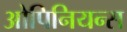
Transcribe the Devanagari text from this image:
ओपिनियन्स